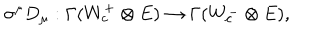
LaTeX: \sigma ^ { \mu } D _ { \mu } : \Gamma ( W _ { c } ^ { + } \otimes E ) \to \Gamma ( W _ { c } ^ { - } \otimes E ) ,